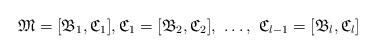
LaTeX: \begin{align*}\mathfrak{M} = [\mathfrak{B}_{1}, \mathfrak{C}_{1}], \mathfrak{C}_{1} = [\mathfrak{B}_{2}, \mathfrak{C}_{2}],\ \dots,\ \mathfrak{C}_{l-1} = [\mathfrak{B}_{l}, \mathfrak{C}_{l}]\end{align*}